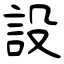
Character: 設